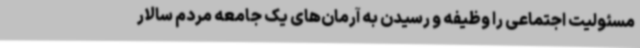
مسئولیت اجتماعی را وظیفه و رسیدن به آرمان‌های یک جامعه مردم سالار